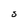
Character: S